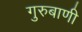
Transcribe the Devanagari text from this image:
गुरुबाणी